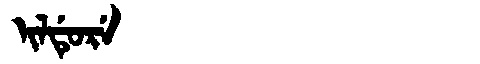
Manchu: ᡳᠯᡩᡠᡵᡝ
Romanization: ILDURE